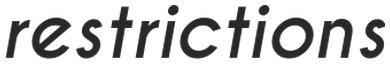
restrictions